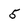
Character: 5